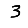
Digit: 3